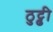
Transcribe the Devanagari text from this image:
ठुट्ढी